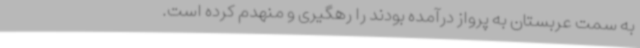
به سمت عربستان به پرواز درآمده بودند را رهگیری و منهدم کرده است.